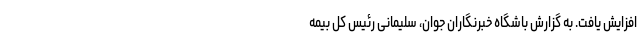
افزایش یافت. به گزارش باشگاه خبرنگاران جوان، سلیمانی رئیس کل بیمه